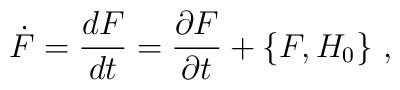
\dot{F}=\frac{dF}{dt}=\frac{\partial F}{\partial t}+\{F,H_0\}\ ,